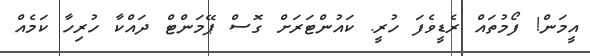
އީމަން! ފޯމުތައް ރެޑީވެފަ ހުރީ. ކައުންޓަރަށް ގޮސް ޕޭމަންޓް ދައްކާ ހުރިހާ ކަމެއް